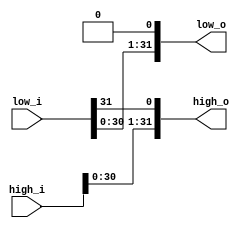
`timescale 1ns / 1ps
//////////////////////////////////////////////////////////////////////////////////
// Company: 
// Engineer: 
// 
// Design Name: 
// Module Name:    SHIFT_MULTIPLY 
// Project Name: 
// Target Devices: 
// Tool versions: 
// Description: 
//
// Dependencies: 
//
// Revision: 
// Revision 0.01 - File Created
// Additional Comments: 
//
//////////////////////////////////////////////////////////////////////////////////
module SHIFT_MULTIPLY(input[31:0] high_i, input[31:0]low_i, output[31:0] high_o, output[31:0] low_o);
    
    assign high_o[31:1] = high_i[30:0];
    assign high_o[0] = low_i[31];
    assign low_o[31:1] = low_i[30:0];
    assign low_o[0] = 1'b0;
    
endmodule